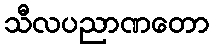
သီလပညာဏတော